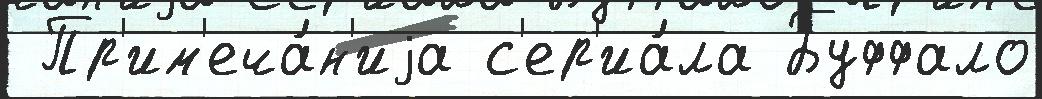
 Пр'им'еча́н'иjа с'ер'иа́ла Буффало